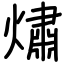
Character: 熽